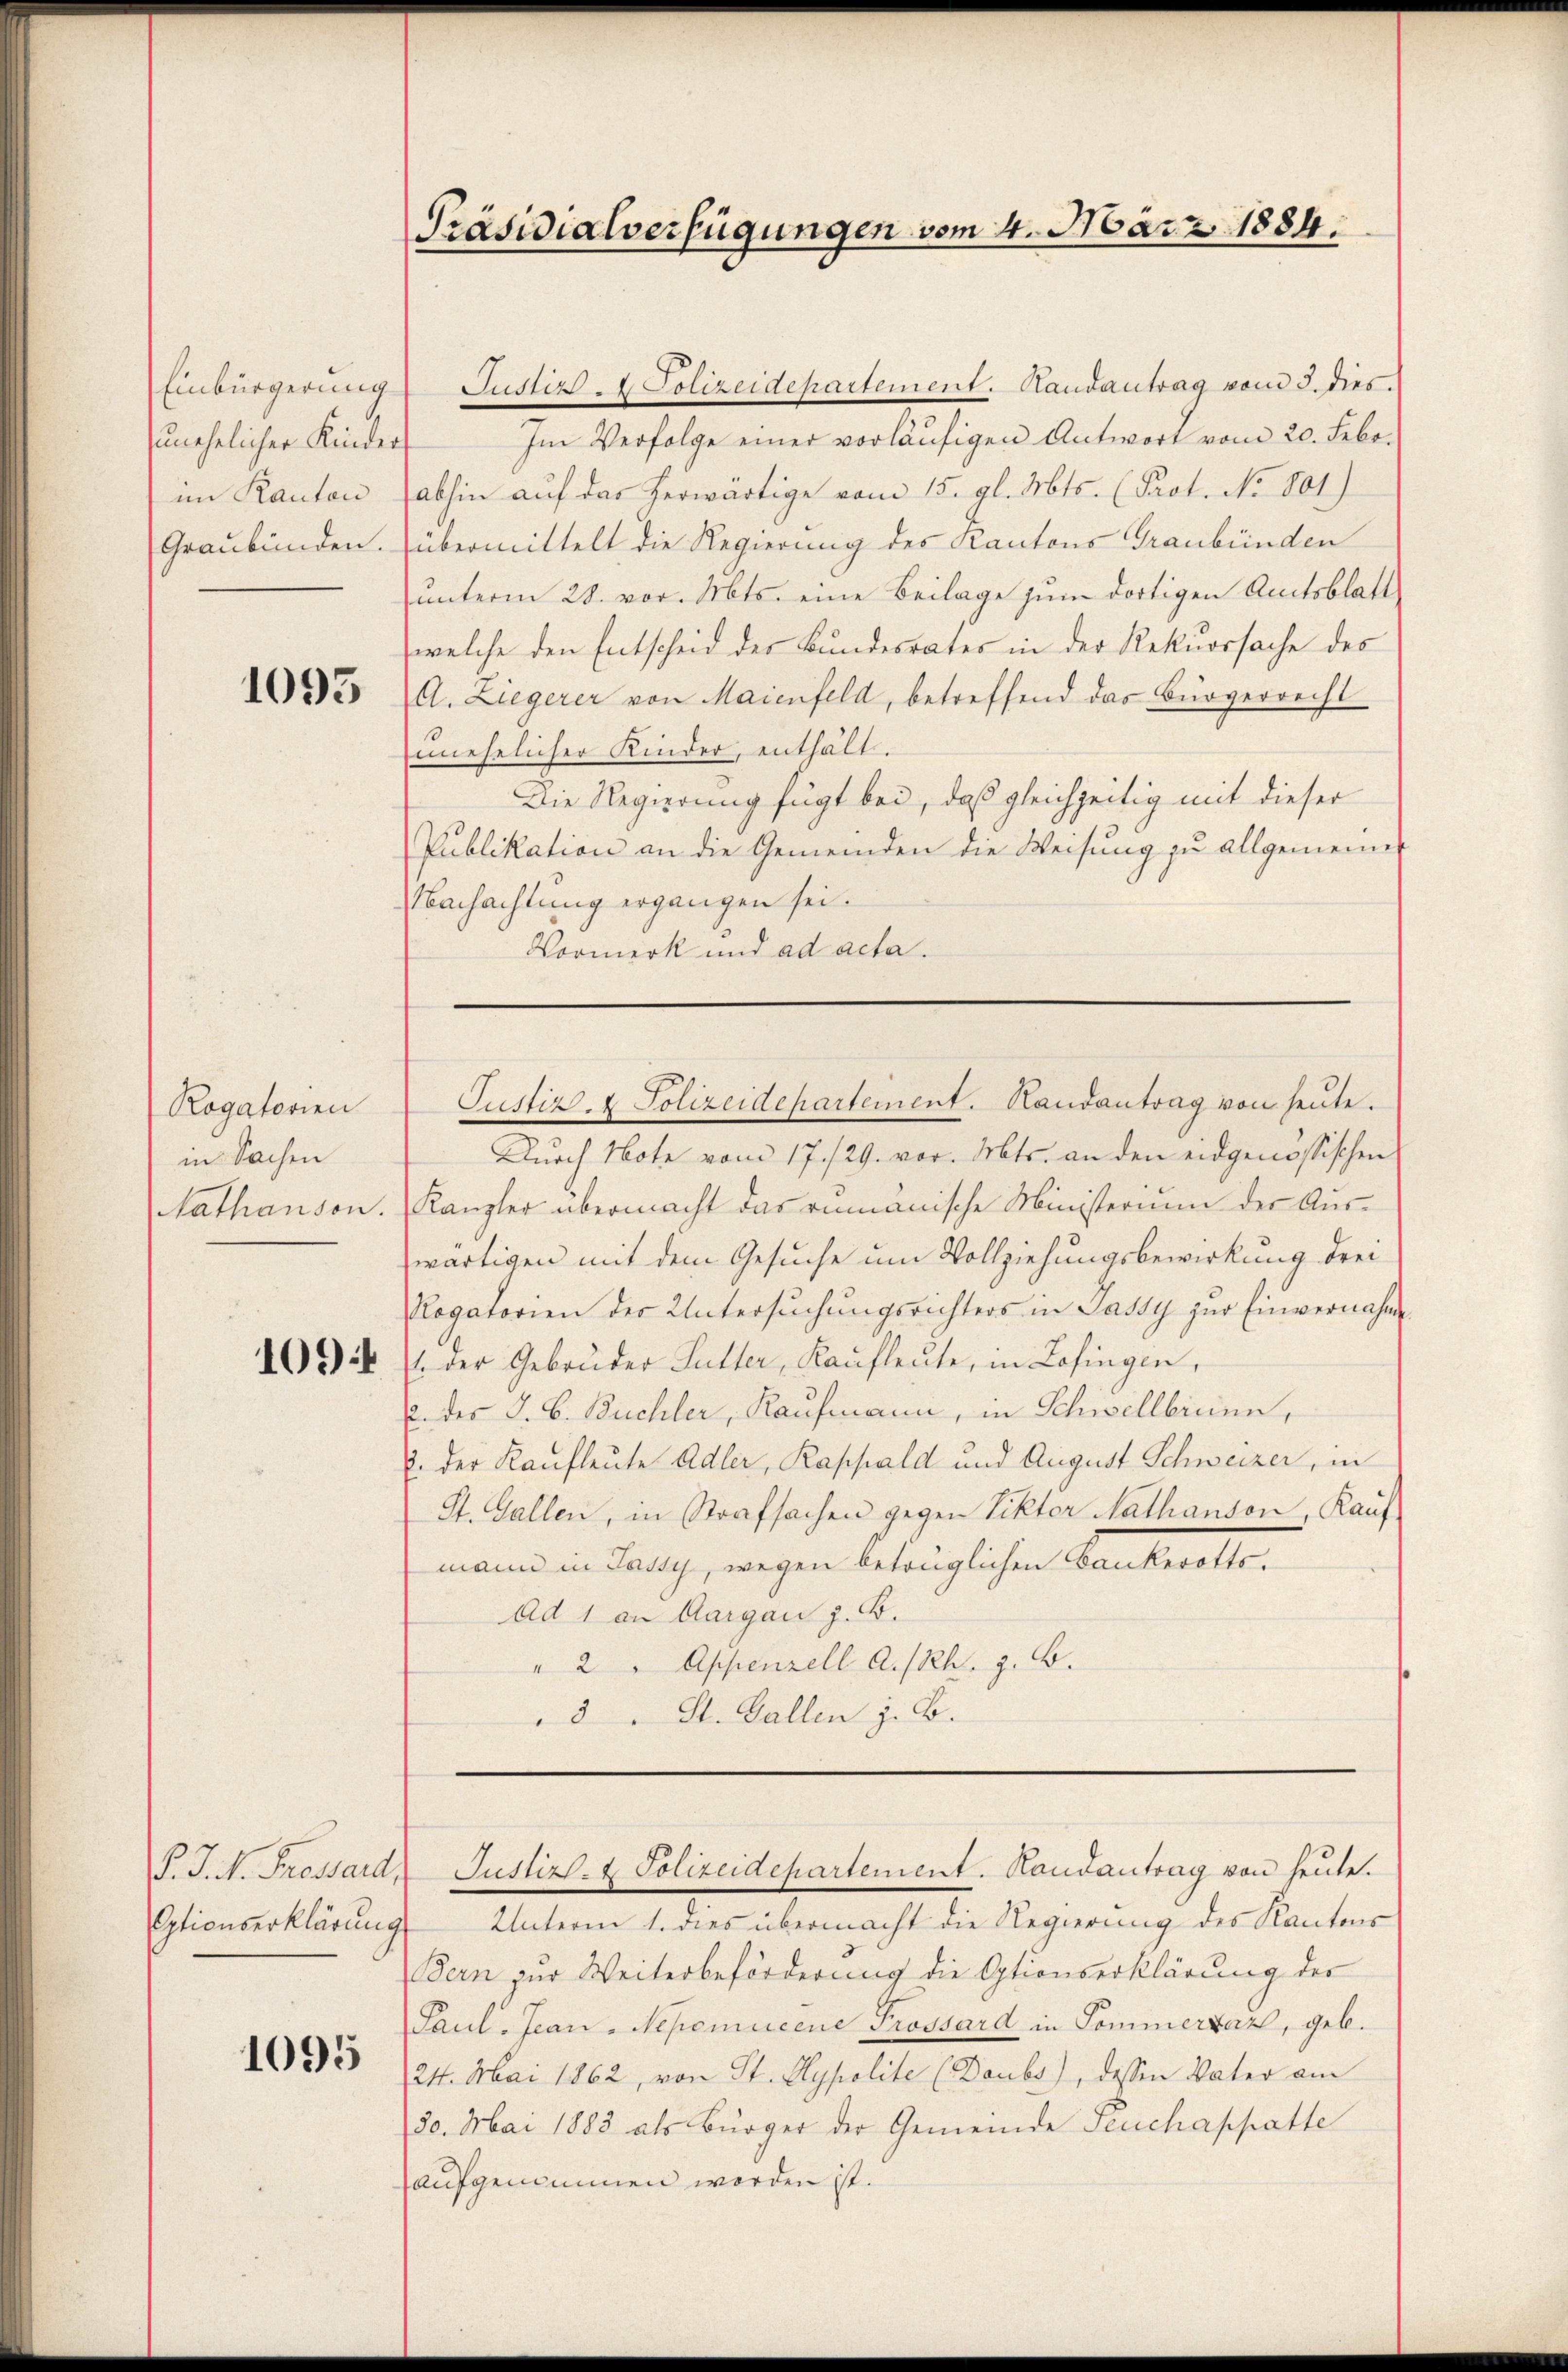
zunehelicher Kinder
im Kanton

1093

Rogatorien
in Sachen
Nathanson.

1094

Optionserklärung

1095

Präsidialverfügungen vom 4. März 1884.

Einbürgerŭng Justiz - Polizeidepartement. Randantrag vom 3. dies.
Im Verfolge einer vorläufigen Antwort vom 20. Febr.
abhin auf das herwärtige vom 15. gl. Mts. (Prot. No. 801)
Graubünden. (übermittelt die Regierung des Kantons Graubünden
unterm 28. vor. Mts. eine Beilage zum dortigen Amtsblatt
welche den Entscheid der Bundesrates in der Rekursache des
A. Ziegerer von Maienfeld, betreffend das Bürgerrecht
unehelicher Kinder, enthält.
Die Regierung fügt bei, daß gleichzeitig mit dieser
Publikation an die Gemeinden die Weisŭng zŭ allgemeinen
Nachachtung ergangen sei.
Vormerk und ad acta.

Justiz- & Polizeidepartement. Handantrag von heute.

P. J. N. Trossard Justiz- & Polizeidepartement. Handantrag von heute.

Durch Note vom 17./29. vor. Mts. an den eidgenössischen
Kanzler übermacht das rumänische Ministerium der Auszwärtigen mit dem Gesuche um Vollziehungsbewirkung drei
Rogatorien der Untersuchungsrichters in Jassy zur Einvernahme
1. der Gebrüder Sutter, Kaufleute, in Zofingen,
u. des J. B. Buchler, Kaufmann, in Schwellbrunn,
u. der Kaufleute Adler, Rappald und August Schweizer, in
St. Gallen, in Strafsachen gegen Viktor Nathanson, Kauf-
mann in Jassy, wegen betrüglichen Bankerotts¬
Ad 1 an Aargau z. B.
" 2 " Appenzell A.-Rh. z. B.
3 . St. Gallen z. B.

Unterm 1. dies übermacht die Regierung des Kantons
Bern zur Weiterbeförderung die Optionserklärung der
Paul, Jean-Nepomucene Prossard in Sommerter, geb.
24. Mai 1862, von St. Hypolite (Daubs), dessen Vater am
30. Mai 1883 als Bürger der Gemeinde Feuchappatte
aufgenommen worden ist.